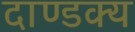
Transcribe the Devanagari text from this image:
दाण्डक्य